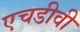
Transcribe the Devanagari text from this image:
एचडीवी